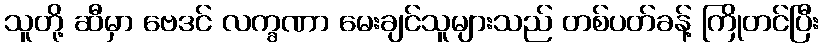
သူတို့ ဆီမှာ ဗေဒင် လက္ခဏာ မေးချင်သူများသည် တစ်ပတ်ခန့် ကြိုတင်ပြီး